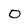
Character: o